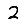
Digit: 2